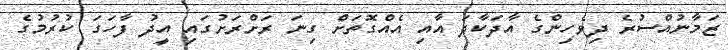
ޒަމާނުއްސުރެ ދިވެހިންގެ އާދަކާދަ އާއި އެއްގޮތަށް ގިނަ ރަށްރަށުގައި އީދު ފާހަގަ ކުރުމުގެ